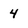
Character: 4